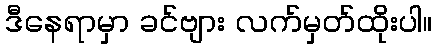
ဒီနေရာမှာ ခင်ဗျား လက်မှတ်ထိုးပါ။